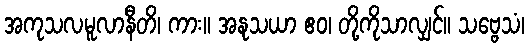
အကုသလမူလာနီတိ၊ ကား။ အနုသယာ ဧဝ၊ တို့ကိုသာလျှင်။ သဗ္ဗေသံ၊